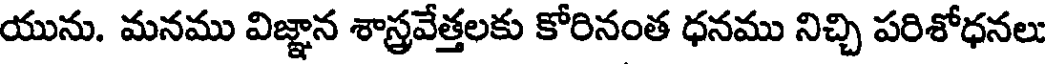
యును. మనము విజ్ఞాన శాస్త్రవేత్తలకు కోరినంత ధనము నిచ్చి పరిశోధనలు